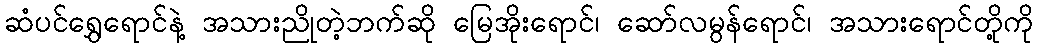
ဆံပင်ရွှေရောင်နဲ့ အသားညိုတဲ့ဘက်ဆို မြေအိုးရောင်၊ ဆော်လမွန်ရောင်၊ အသားရောင်တို့ကို